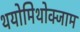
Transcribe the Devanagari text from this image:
थयोमिथोक्‍जाम